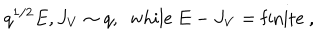
q ^ { 1 / 2 } E , J _ { V } \sim q , ~ ~ \mathrm { w h i l e } ~ E - J _ { V } = \mathrm { f i n i t e } \ ,